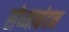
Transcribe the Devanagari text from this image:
संध्याबंदन